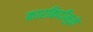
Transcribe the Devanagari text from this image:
कारकिर्दीमुळे